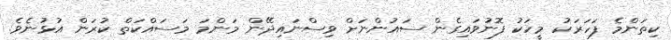
ކިތަންމެ ފަހަރަކު މީހަކު ފޮނުވައިގެން ސައުންނަށް ވިސްނައިދޭން މަންމަ މަސައްކަތް ކުރަން އުޅުނެވެ.